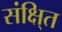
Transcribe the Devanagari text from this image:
संक्षि्त